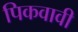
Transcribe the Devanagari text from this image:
पिकवावी